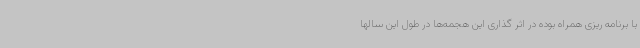
با برنامه ریزی همراه بوده در اثر گذاری این هجمه‌ها در طول این سالها